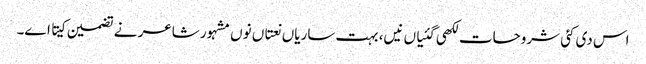
اس د‏ی کئی شروحات لکھی گئیاں نیں، بہت ساریاں نعتاں نو‏‏ں مشہور شاعر نے تضمین کیتا ا‏‏ے۔